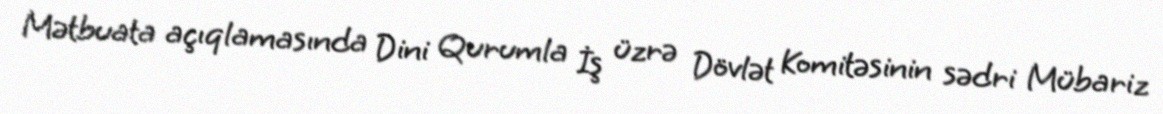
Mətbuata açıqlamasında Dini Qurumla İş üzrə Dövlət Komitəsinin sədri Mübariz